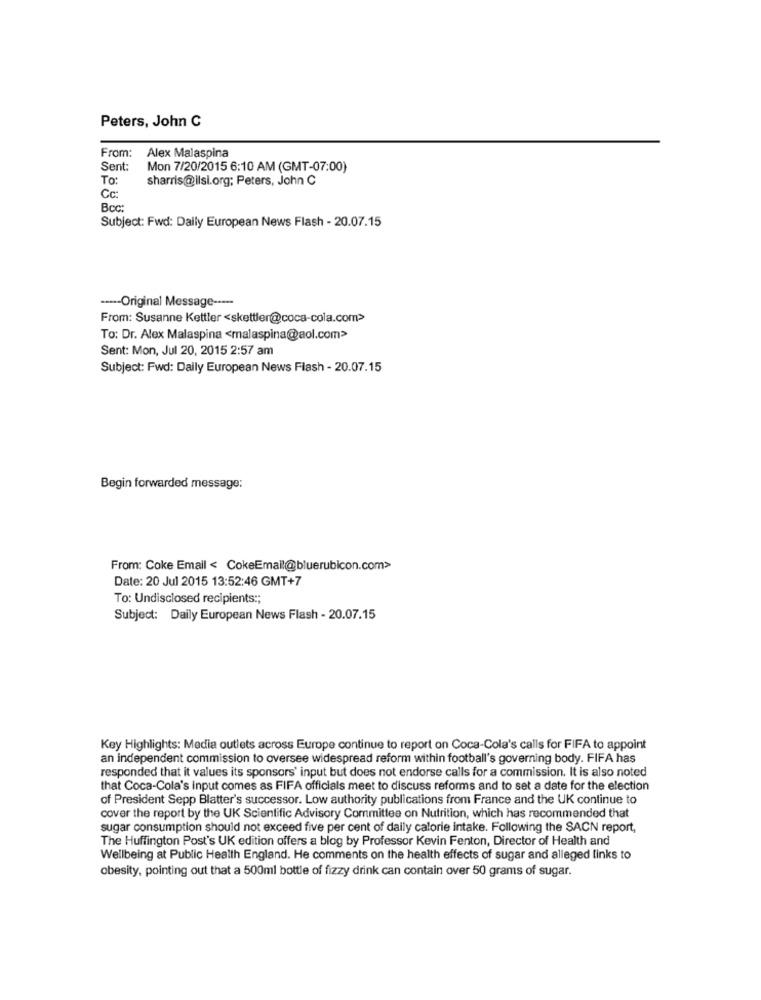
Peters, John C
From: Alex Malaspina
Sent:
Mon 7/20/2015 6:10 AM (GMT-07:00)
To:
sharris@ilsi.org; Peters, John C
Cc:
Bcc:
Subject: Fwd: Daily European News Flash - 20.07.15
----- Original Message -----
From: Susanne Kettler <skettler@coca-cola.com>
To: Dr. Alex Malaspina <malaspina@aol.com>
Sent: Mon, Jul 20, 2015 2:57 am
Subject: Fwd: Daily European News Flash - 20.07.15
Begin forwarded message:
From: Coke Email < CokeEmail@bluerubicon.com>
Date: 20 Jul 2015 13:52:46 GMT+7
To: Undisclosed recipients :;
Subject: Daily European News Flash - 20.07.15
Key Highlights: Media outlets across Europe continue to report on Coca-Cola's calls for FIFA to appoint
an independent commission to oversee widespread reform within football's governing body. FIFA has
responded that it values its sponsors' input but does not endorse calls for a commission. It is also noted
that Coca-Cola's input comes as FIFA officials meet to discuss reforms and to set a date for the election
of President Sepp Blatter's successor. Low authority publications from France and the UK continue to
cover the report by the UK Scientific Advisory Committee on Nutrition, which has recommended that
sugar consumption should not exceed five per cent of daily calorie intake. Following the SACN report,
The Huffington Post's UK edition offers a blog by Professor Kevin Fenton, Director of Health and
Wellbeing at Public Health England. He comments on the health effects of sugar and alleged links to
obesity, pointing out that a 500ml bottle of fizzy drink can contain over 50 grams of sugar.